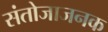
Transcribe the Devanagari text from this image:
संतोजाजनक